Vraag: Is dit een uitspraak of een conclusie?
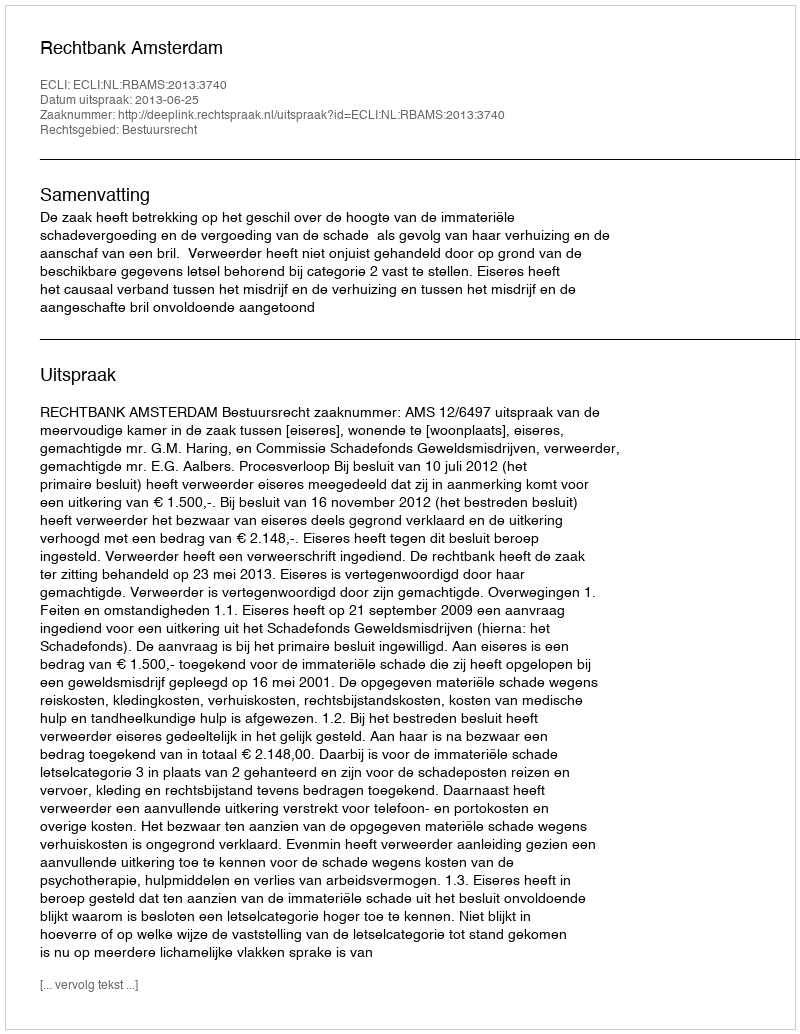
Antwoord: Uitspraak